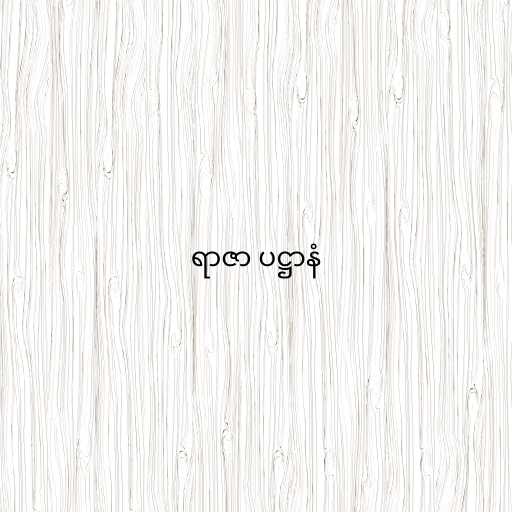
ရာဇာ ပဋ္ဌာနံ